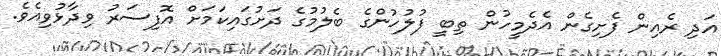
އަދި ރެއިން ފެށިގެން އެދެމީހުން ތިބީ ފުލުހުންގެ ބެލުމުގެ ދަށުގައިކަމަށް އޮފިސަރު ވިދާޅުވިއެވެ.